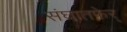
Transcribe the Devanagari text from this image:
संघातफेर्